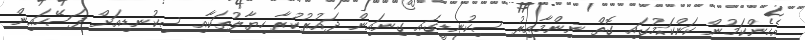
އެހެންކަމުން ކަންކަމުގައި ގޮތް ނިންމާއިރު ސިކުނޑީގައި ގިނައިން ދައުރުކުރާ ހިޔާލުތަކާއި ސިކުނޑިއަށް ފަސޭހައިން